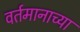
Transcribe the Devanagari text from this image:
वर्तमानाच्या